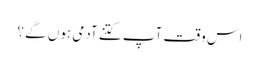
اس وقت آپ کتنے آدمی ہوں گے ؟